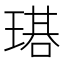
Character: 𤨃